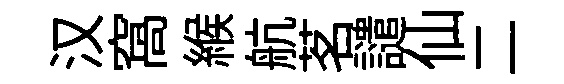
汉窩緱航茗譴仙二